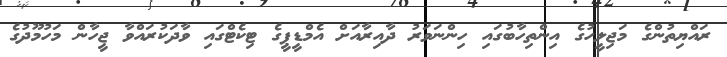
ރައްޔިތުންގެ މަޖިލީހުގެ އިންތިހާބުގައި ހިންނަވަރު ދާއިރާއަށް އެމްޑީޕީގެ ޓިކެޓްގައި ވާދަކުރައްވާ ޖީހާން މަހުމޫދުގެ